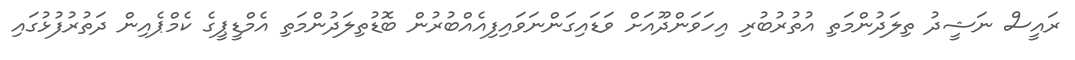
ރައީސް ނަޝީދު ތިލަދުންމަތި އުތުރުބުރި އިހަވަންދޫއަށް ވަޑައިގަންނަވައިފިއެއްބުރުން ބޮޑުތިލަދުންމަތި އެމްޑީޕީގެ ކެމްޕެއިން ދަތުރުފުޅުގައި